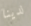
لدينا